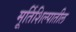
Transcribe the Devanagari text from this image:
मूर्तिशिल्पातील